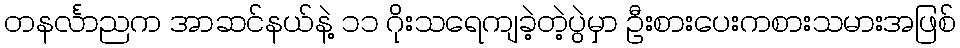
တနင်္လာညက အာဆင်နယ်နဲ့ ၁၁ ဂိုးသရေကျခဲ့တဲ့ပွဲမှာ ဦးစားပေးကစားသမားအဖြစ်